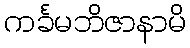
ကင်္ခမဘိဇာနာမိ